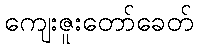
ကျေးဇူးတော်ခေတ်